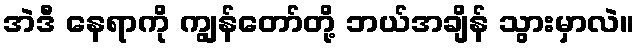
အဲဒီ နေရာကို ကျွန်တော်တို့ ဘယ်အချိန် သွားမှာလဲ။